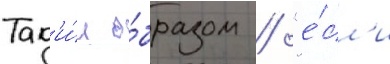
Так'и́м о́бразом / "е́сл'и